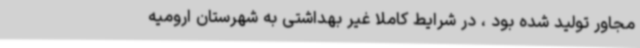
مجاور تولید شده بود ، در شرایط کاملا غیر بهداشتی به شهرستان ارومیه